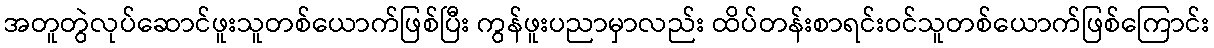
အတူတွဲလုပ်ဆောင်ဖူးသူတစ်ယောက်ဖြစ်ပြီး ကွန်ဖူးပညာမှာလည်း ထိပ်တန်းစာရင်းဝင်သူတစ်ယောက်ဖြစ်ကြောင်း